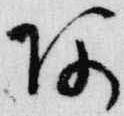
阿